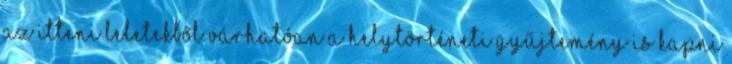
Az itteni leletekből várhatóan a helytörténeti gyűjtemény is kapni